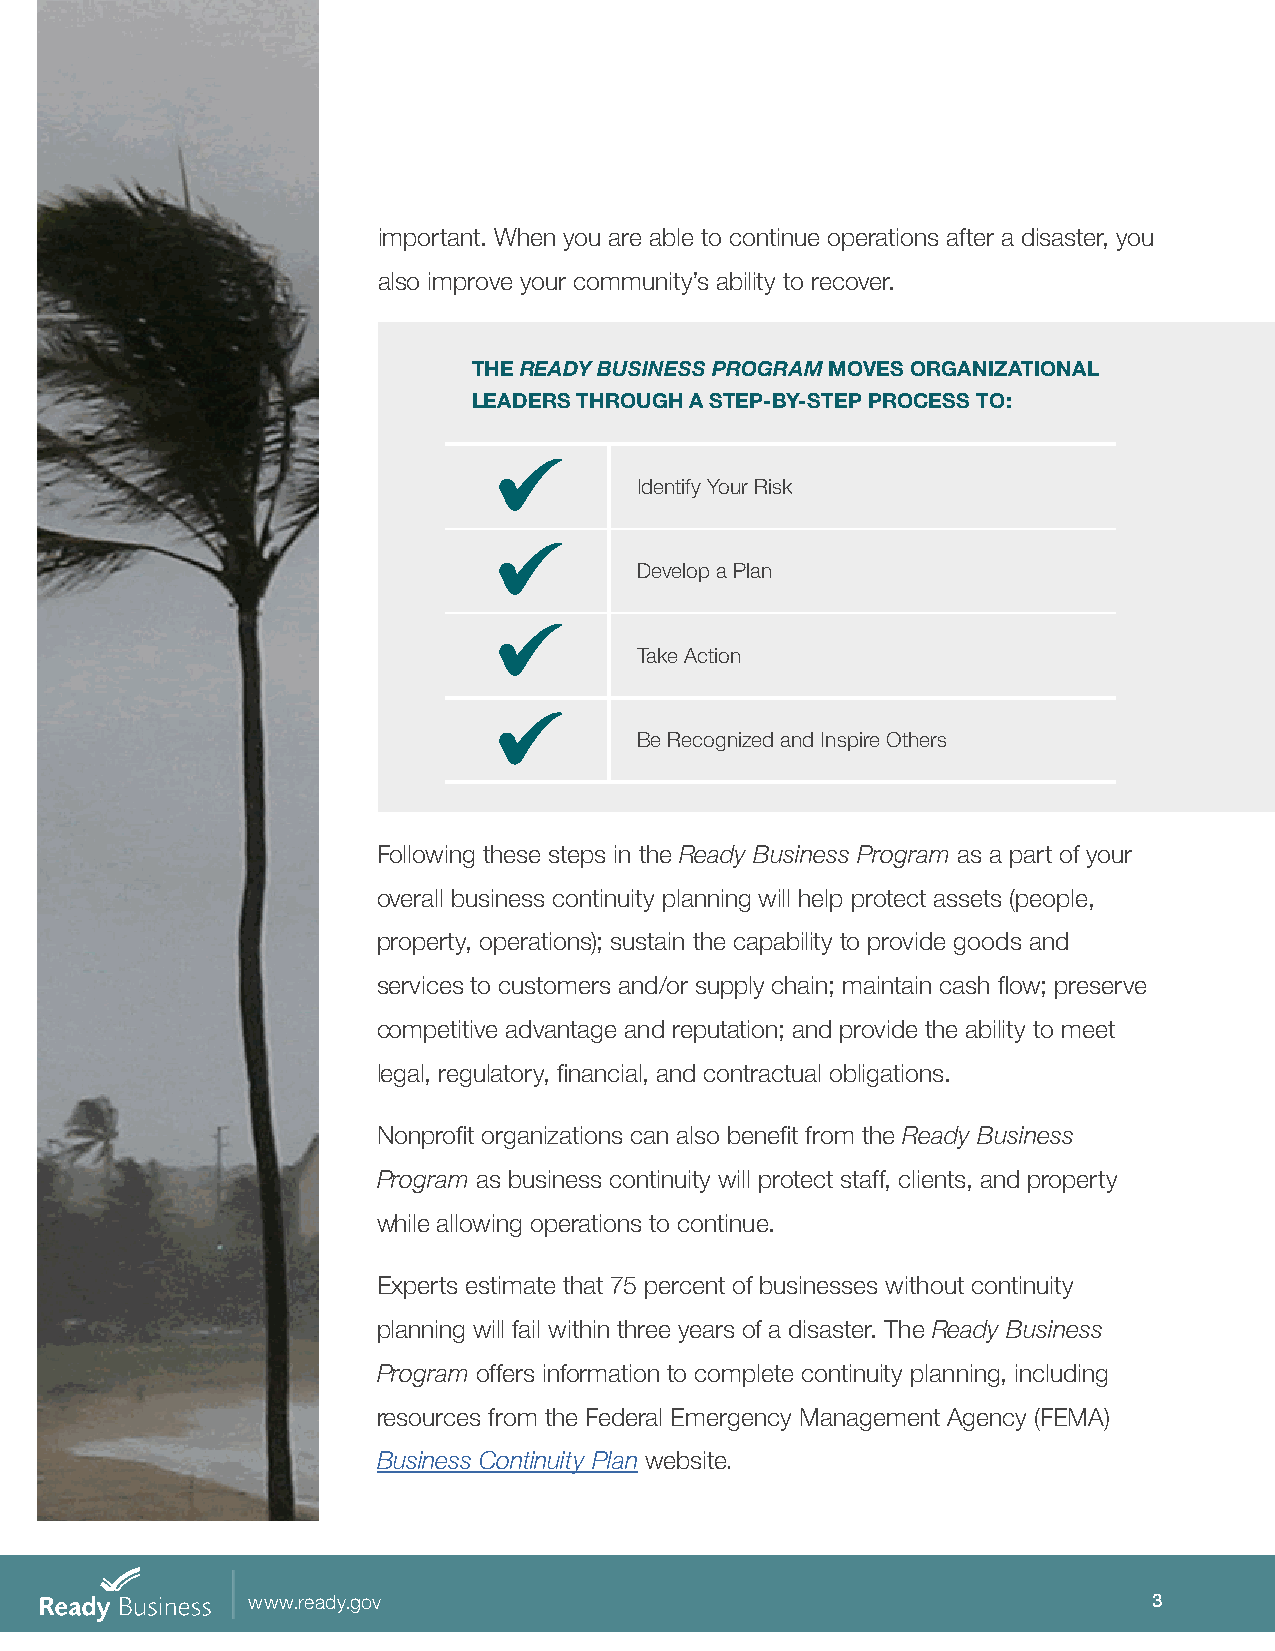
important. When you are able to continue operations after a disaster, you
 also improve your community’s ability to recover.
 THE READY BUSINESS PROGRAM MOVES ORGANIZATIONAL
 LEADERS THROUGH A STEP-BY-STEP PROCESS TO:
 Identify Your Risk
 Develop a Plan
 Take Action
 Be Recognized and Inspire Others
 Following these steps in the Ready Business Program as a part of your
 overall business continuity planning will help protect assets (people,
 property, operations); sustain the capability to provide goods and
 services to customers and/or supply chain; maintain cash flow; preserve
 competitive advantage and reputation; and provide the ability to meet
 legal, regulatory, financial, and contractual obligations.
 Nonprofit organizations can also benefit from the Ready Business
 Program as business continuity will protect staff, clients, and property
 while allowing operations to continue.
 Experts estimate that 75 percent of businesses without continuity
 planning will fail within three years of a disaster. The Ready Business
 Program offers information to complete continuity planning, including
 resources from the Federal Emergency Management Agency (FEMA)
 Business Continuity Plan website.
 www.ready.gov                                               3